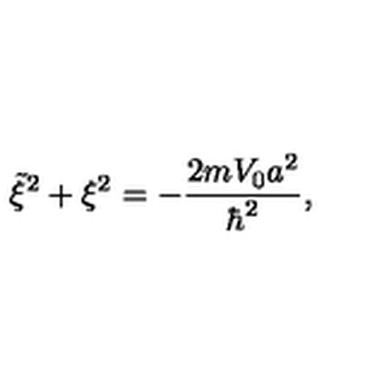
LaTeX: \tilde { \xi } ^ { 2 } + \xi ^ { 2 } = - \frac { 2 m V _ { 0 } a ^ { 2 } } { \hbar ^ { 2 } } ,